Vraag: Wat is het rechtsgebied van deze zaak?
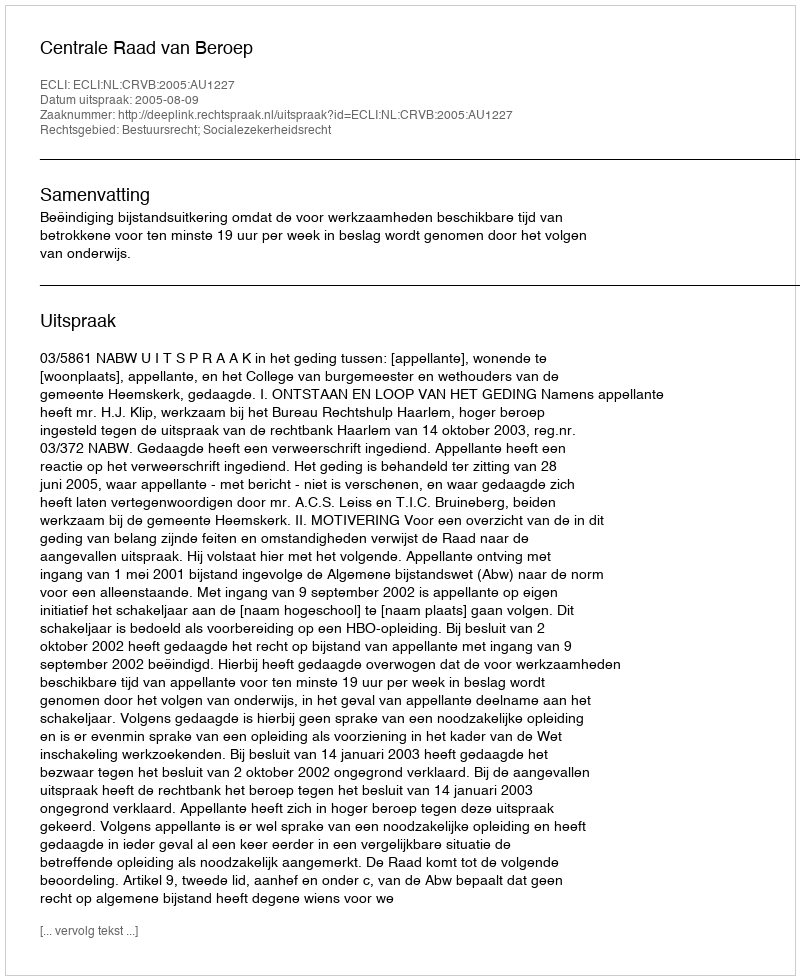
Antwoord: Bestuursrecht; Socialezekerheidsrecht